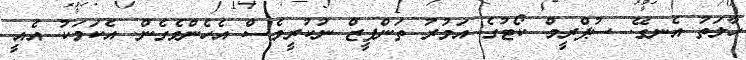
ހާލަތު އެނގޭ. ސުޕްރީމް ކޯޓުގެ އަމުރު ތަންފީޒް ނުކުރީވެސް އެހެންވެގެން. އެކަމަކު އެއީ